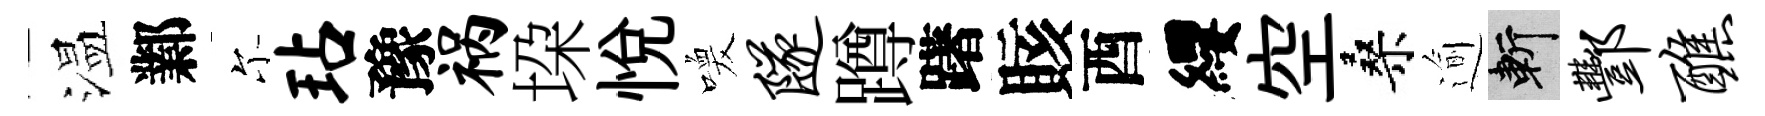
温鄴尓玷豫祸垜悦喚隧蹲躇賅酉纓空桑逾斬酆醮